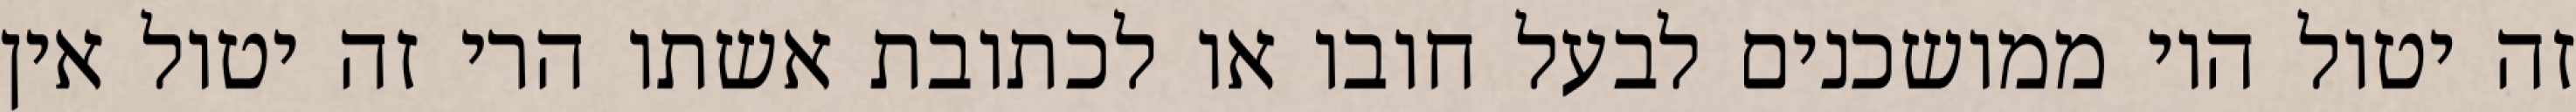
זה יטול היו ממושכנים לבעל חובו או לכתובת אשתו הרי זה יטול אין